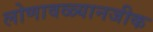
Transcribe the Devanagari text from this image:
लोणावळ्यानजीक